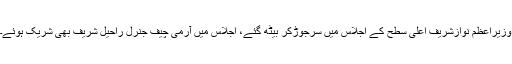
وزیراعظم نوازشریف اعلی سطح کے اجلاس میں سرجوڑکر بیٹھ گئے، اجلاس میں آرمی چیف جنرل راحیل شریف بھی شریک ہوئے۔